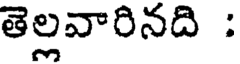
తెల్లవారినది :